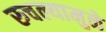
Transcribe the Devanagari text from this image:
रुचल्यामुळे